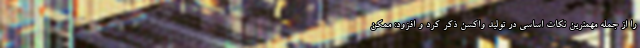
را از جمله مهمترین نکات اساسی در تولید واکسن ذکر کرد و افزود: ممکن